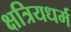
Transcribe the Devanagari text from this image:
क्षत्रियधर्म